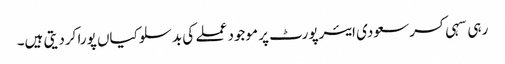
رہی سہی کسر سعودی ایئرپورٹ پر موجود عملے کی بدسلوکیاں پورا کردیتی ہیں۔